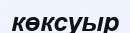
көксуыр